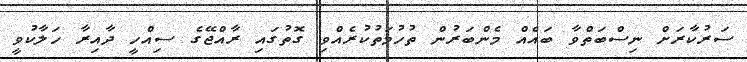
ސަރުކާރަށް ނިސްބަތްވާ ބައެއް މެންބަރުން ތުހުމަތުކުރެއްވި ގޮތުގައި ރާއްޖޭގެ ސިއްހީ ދާއިރާ ހަލާކުވީ